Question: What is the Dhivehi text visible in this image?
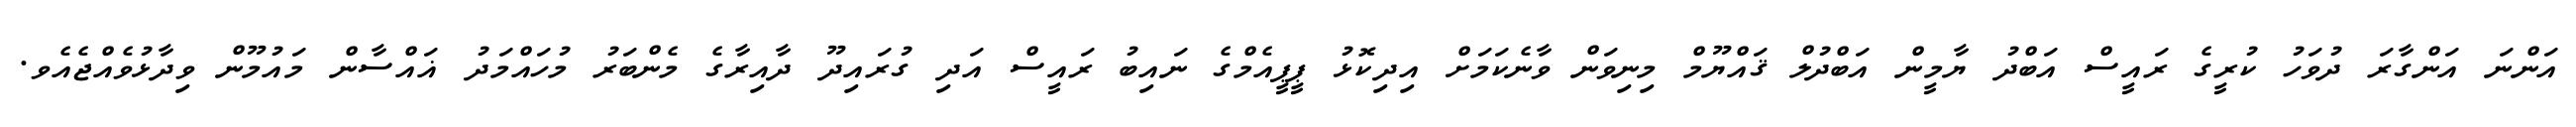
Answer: އަންނަ އަންގާރަ ދުވަހު ކުރީގެ ރައީސް އަބްދު ޔާމީން އަބްދުލް ޤައްޔޫމް މިނިވަން ވާނެކަމަށް އިދިކޮޅު ޕީޕީއެމްގެ ނައިބު ރައީސް އަދި ގުރައިދޫ ދާއިރާގެ މެންބަރު މުހައްމަދު ޣައްސާން މައުމޫން ވިދާޅުވެއްޖެއެވ.